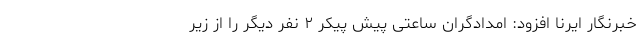
خبرنگار ایرنا افزود: امدادگران ساعتی پیش پیکر ۲ نفر دیگر را از زیر